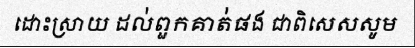
ដោះស្រាយ ដល់ពួកគាត់ផង ជាពិសេសសូម